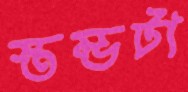
স্তম্ভটা